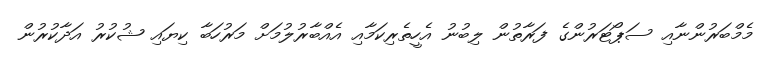
މެމްބަރުންނާއި ސަޕޯޓަރުންގެ ފަރާތުން ލިބުނު އެހީތެރިކަމާއި އެއްބާރުލުމަށް މަރުހަބާ ކިޔައި ޝުކުރު އަދާކުރުން